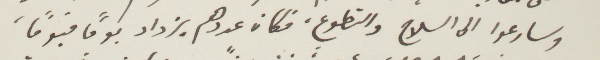
وسارعوا الى السلاح والتطوع، فكان عددهم يزداد يُومًا فيومًا،